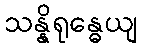
သန္နိရုန္ဓေယျ